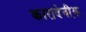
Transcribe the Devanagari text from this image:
कारादेनीझ़